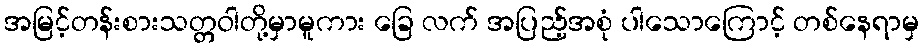
အမြင့်တန်းစားသတ္တဝါတို့မှာမူကား ခြေ လက် အပြည့်အစုံ ပါသောကြောင့် တစ်နေရာမှ